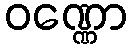
ဝဏ္ဏော